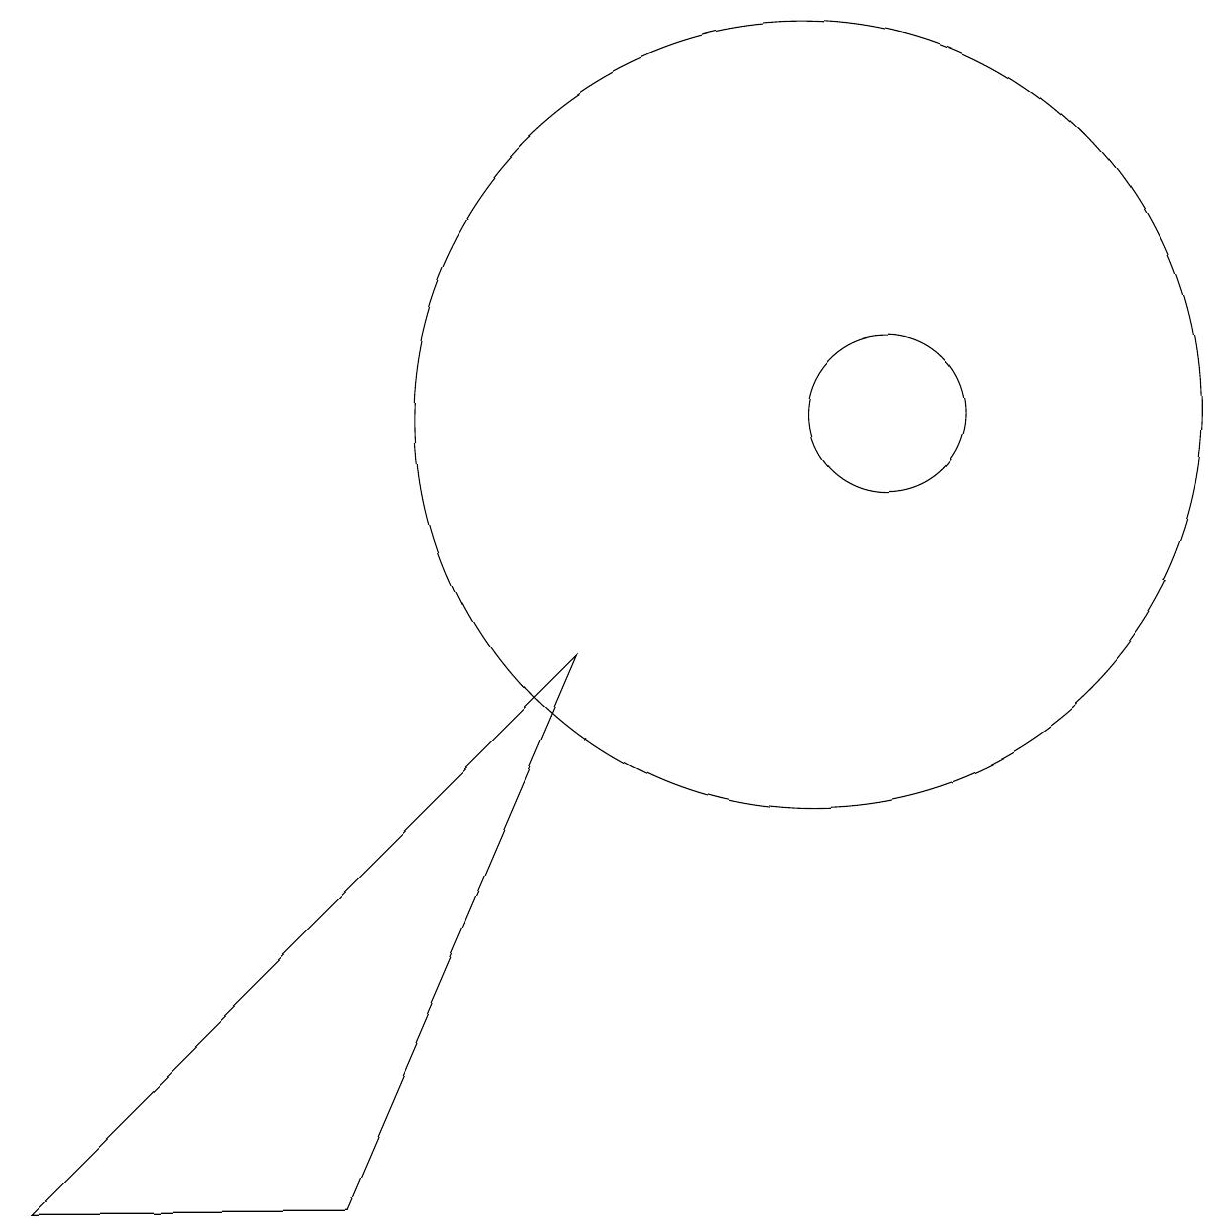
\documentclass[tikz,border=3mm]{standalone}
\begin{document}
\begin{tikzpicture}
\draw (12,10) circle (1);
\draw (5,0) -- (1,0) -- (8,7) -- cycle;
\draw (11,10) circle (5);
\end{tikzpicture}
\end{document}